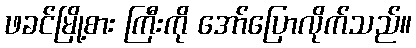
ဖခင်မြို့စား ကြီးကို အော်ပြောလိုက်သည်။